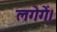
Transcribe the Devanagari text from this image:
लगेगें।